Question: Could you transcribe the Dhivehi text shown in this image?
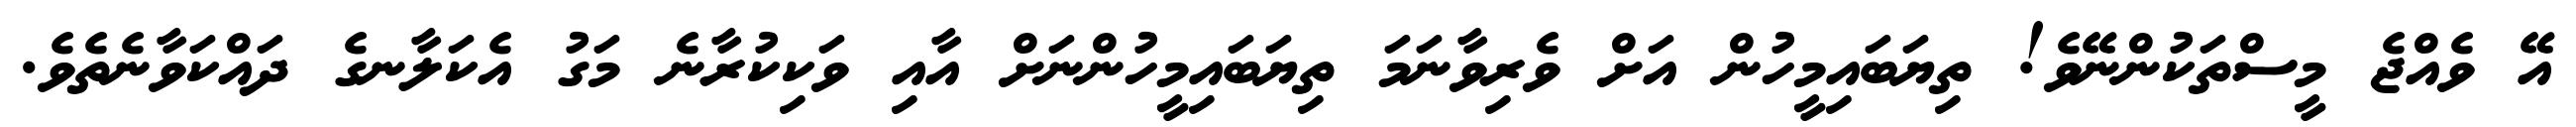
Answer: އޭ ވެއްޖެ މީސްތަކުންނޭވެ! ތިޔަބައިމީހުން އަށް ވެރިވާނަމަ ތިޔަބައިމީހުންނަށް އާއި ވަކިކުރާނެ މަގު އެކަލާނގެ ދައްކަވާނެތެވެ.